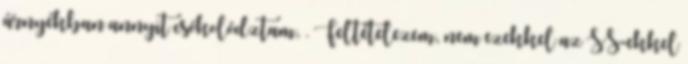
árnyékban annyit csókolództam, . Feltételezem, nem ezekkel az SS-ekkel